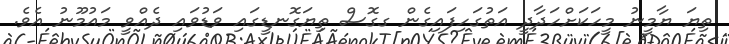
ތިޔަ ޔާމީނު މީހަކަށްހަދާދީ އަތުގަހިފައިގެން ގގޮސް ތިޔަގޮނޑީގައި ވަޑުވައި ދެއްވީ މައުމޫނު އެވެ.